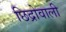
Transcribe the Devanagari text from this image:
छिद्रोवाली